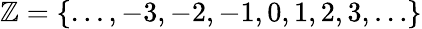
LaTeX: \mathbb{Z}=\{ \dots,-3,-2,-1,0,1,2,3,\dots\}